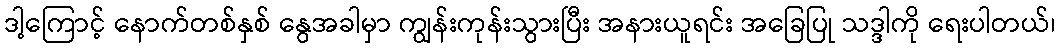
ဒါ့ကြောင့် နောက်တစ်နှစ် နွေအခါမှာ ကျွန်းကုန်းသွားပြီး အနားယူရင်း အခြေပြု သဒ္ဒါကို ရေးပါတယ်၊